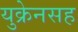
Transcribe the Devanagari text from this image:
युक्रेनसह